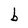
Character: b